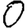
Digit: 0